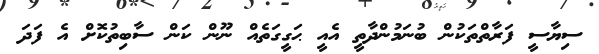
ސިޔާސީ ފަރާތްތަކުން ބުނަމުންދާތީ އެއީ ޙަގީގަތެއް ނޫން ކަން ސާބިތުކޮށް އެ ފަދަ